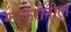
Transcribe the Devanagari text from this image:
ग्लुकुरोनील